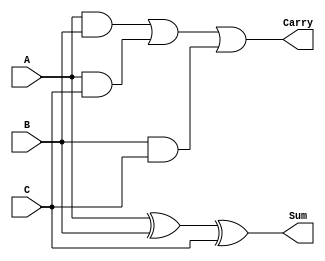
module ModifiedCarrySaveAdder #(parameter n = 8) (
    input  wire [n-1:0] A,        // First operand
    input  wire [n-1:0] B,        // Second operand
    input  wire [n-1:0] C,        // Third operand
    output wire [n-1:0] Sum,      // Sum output
    output wire [n-1:0] Carry      // Carry output
);

// Intermediate wires for carry generation
wire [n-1:0] carryAB;           // Carry bits for A and B
wire [n-1:0] carryAC;           // Carry bits for A and C
wire [n-1:0] carryBC;           // Carry bits for B and C

// Generate carry bits using AND operation
assign carryAB = A & B;         // Carry from A and B
assign carryAC = A & C;         // Carry from A and C
assign carryBC = B & C;         // Carry from B and C

// Sum calculation using XOR operation
assign Sum = A ^ B ^ C;         // Sum without carry propagation

// Carry aggregation using OR operation
assign Carry = carryAB | carryAC | carryBC; // Combine carry bits

endmodule